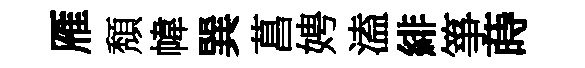
雁頽幃巽菖娉溘緋箏蒔